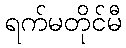
ရက်မတိုင်မီ